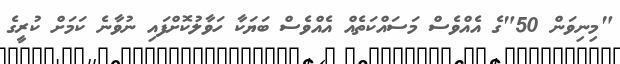
"މިނިވަން 50"ގެ އެއްވެސް މަސައްކަތެއް އެއްވެސް ބަޔަކާ ހަވާލުކޮށްފައި ނުވާނެ ކަމަށް ކުރީގެ